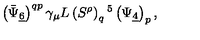
\left( \bar { \Psi } _ { \underline { 6 } } \right) ^ { q p } \gamma _ { \mu } L \left( S ^ { \rho } \right) _ { q } { } ^ { 5 } \left( \Psi _ { \underline { 4 } } \right) _ { p } ,